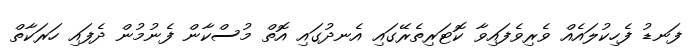
ފަނޑު ފެހިކުލައެއް ވެރިވެފައިވާ ކޮޓަރިތެރޭގައި އެނދުގައި އޮތް މުސްކާން ފެނުމުން ދެފައި ހަރަކާތް